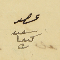
عصو سعىد كىعان